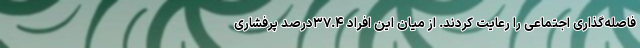
فاصله‌گذاری اجتماعی را رعایت کردند. از میان این افراد ۳۷.۴درصد پرفشاری